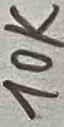
Text: 10K